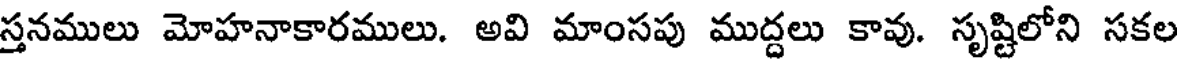
స్తనములు మోహనాకారములు. అవి మాంసపు ముద్దలు కావు. సృష్టిలోని సకల